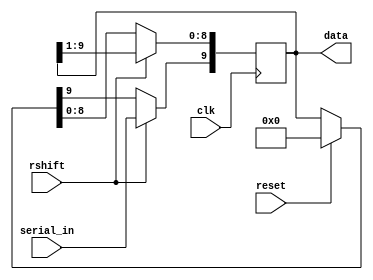
module rxd_shift (clk, serial_in, rshift,data, reset);
input clk;
input reset;
input rshift;
input serial_in;
//shift register with clk, reset, load, rshift, serial_in inputs 

//output the shifted data
output [9:0]data;

//assign the variables to hold the present and next count values
reg[9:0] pshift, nshift;

//set the parallel out to be the present value
assign data=pshift;

//the sequential code to synthesise the latches
always@(posedge clk)
begin 
   if (clk)
   pshift<=nshift;
end

//The combinational code to perform the baud counter it required
always@(pshift,reset,rshift,serial_in)
	begin 
		// specify the defaults
		nshift=pshift;
		if (reset)
			nshift = 10'b0;
		if(rshift)
			begin
				//shift
				nshift = pshift >> 1;
				nshift[9] = serial_in;
			end
	end
endmodule